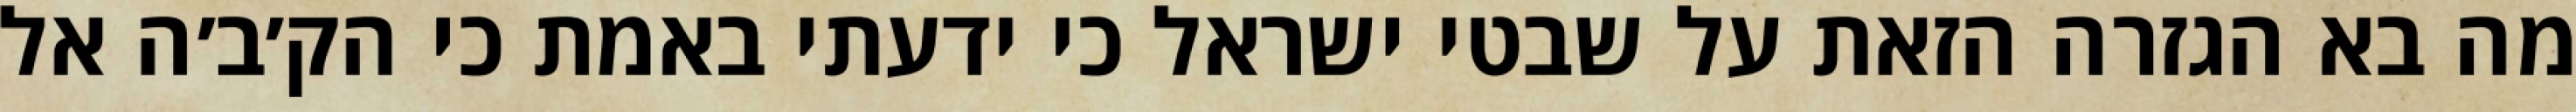
מה בא הגזרה הזאת על שבטי ישראל כי ידעתי באמת כי הק׳ב׳ה אל